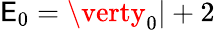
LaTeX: \mathsf{E}_{0}=\verty_{0}\vert+2